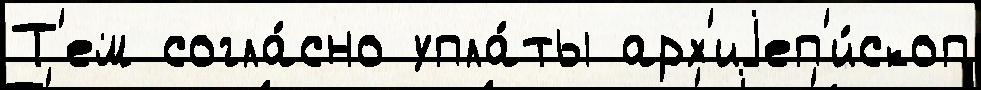
Т'ем согла́сно упла́ты арх'иjеп'и́скоп